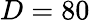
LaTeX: D=80